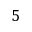
5